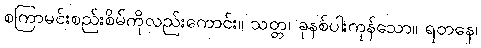
စကြာမင်းစည်းစိမ်ကိုလည်းကောင်း။ သတ္တ၊ ခုနစ်ပါးကုန်သော။ ရတနေ၊